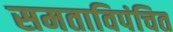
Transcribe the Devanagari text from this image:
समताविपंचित